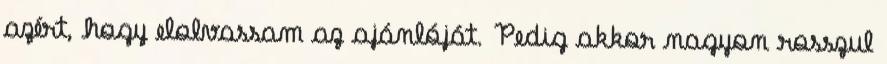
azért, hogy elolvassam az ajánlóját. Pedig akkor nagyon rosszul